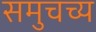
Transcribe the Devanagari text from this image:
समुचच्य